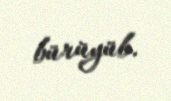
bürüyüb.